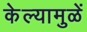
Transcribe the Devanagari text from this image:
केल्यामुळें